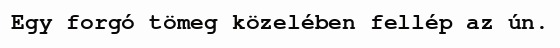
Egy forgó tömeg közelében fellép az ún.